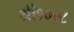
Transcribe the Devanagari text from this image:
श्री१००८